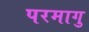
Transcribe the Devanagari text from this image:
परमागु